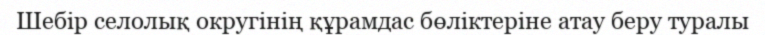
Шебір селолық округінің құрамдас бөліктеріне атау беру туралы